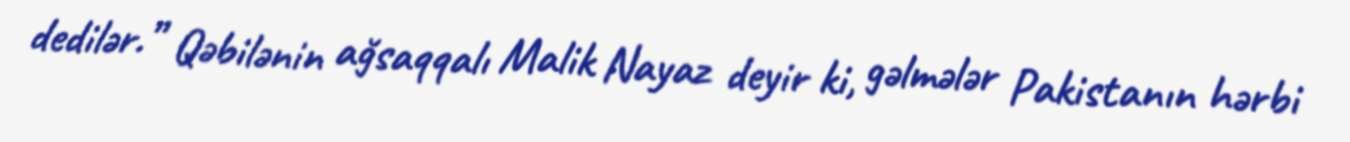
dedilər.” Qəbilənin ağsaqqalı Malik Nayaz deyir ki, gəlmələr Pakistanın hərbi